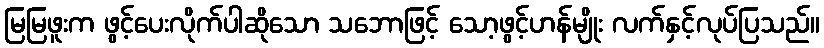
မြမြဖူးက ဖွင့်ပေးလိုက်ပါဆိုသော သဘောဖြင့် သော့ဖွင့်ဟန်မျိုး လက်နှင့်လုပ်ပြသည်။